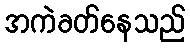
အကဲခတ်နေသည်